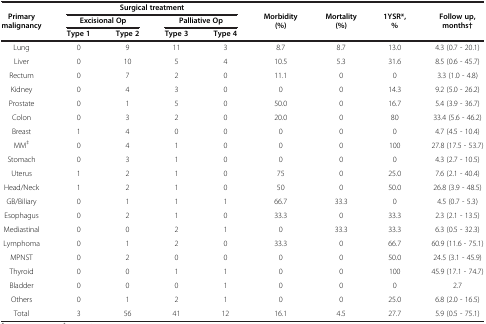
<table><thead><tr><td rowspan="2"><b>Primary malignancy</b></td><td colspan="4"><b>Surgical treatment</b></td><td rowspan="2"><b>Morbidity (%)</b></td><td rowspan="2"><b>Mortality (%)</b></td><td rowspan="2"><b>1YSR*,%</b></td><td rowspan="2"><b>Follow up, months†</b></td></tr><tr><td colspan="2"><b>Excisional Op</b></td><td colspan="2"><b>Palliative Op</b></td></tr><tr><td><b> </b></td><td><b>Type 1</b></td><td><b>Type 2</b></td><td><b>Type 3</b></td><td><b>Type 4</b></td><td><b> </b></td><td><b> </b></td><td><b> </b></td><td><b> </b></td></tr></thead><tbody><tr><td>Lung</td><td>0</td><td>9</td><td>11</td><td>3</td><td>8.7</td><td>8.7</td><td>13.0</td><td>4.3 (0.7 - 20.1)</td></tr><tr><td>Liver</td><td>0</td><td>10</td><td>5</td><td>4</td><td>10.5</td><td>5.3</td><td>31.6</td><td>8.5 (0.6 - 45.7)</td></tr><tr><td>Rectum</td><td>0</td><td>7</td><td>2</td><td>0</td><td>11.1</td><td>0</td><td>0</td><td>3.3 (1.0 - 4.8)</td></tr><tr><td>Kidney</td><td>0</td><td>4</td><td>3</td><td>0</td><td>0</td><td>0</td><td>14.3</td><td>9.2 (5.0 - 26.2)</td></tr><tr><td>Prostate</td><td>0</td><td>1</td><td>5</td><td>0</td><td>50.0</td><td>0</td><td>16.7</td><td>5.4 (3.9 - 36.7)</td></tr><tr><td>Colon</td><td>0</td><td>3</td><td>2</td><td>0</td><td>20.0</td><td>0</td><td>80</td><td>33.4 (5.6 - 46.2)</td></tr><tr><td>Breast</td><td>1</td><td>4</td><td>0</td><td>0</td><td>0</td><td>0</td><td>0</td><td>4.7 (4.5 - 10.4)</td></tr><tr><td>MM<sup>‡</sup></td><td>0</td><td>4</td><td>1</td><td>0</td><td>0</td><td>0</td><td>100</td><td>27.8 (17.5 - 53.7)</td></tr><tr><td>Stomach</td><td>0</td><td>3</td><td>1</td><td>0</td><td>0</td><td>0</td><td>0</td><td>4.3 (2.7 - 10.5)</td></tr><tr><td>Uterus</td><td>1</td><td>2</td><td>1</td><td>0</td><td>75</td><td>0</td><td>25.0</td><td>7.6 (2.1 - 40.4)</td></tr><tr><td>Head/Neck</td><td>1</td><td>2</td><td>1</td><td>0</td><td>50</td><td>0</td><td>50.0</td><td>26.8 (3.9 - 48.5)</td></tr><tr><td>GB/Biliary</td><td>0</td><td>1</td><td>1</td><td>1</td><td>66.7</td><td>33.3</td><td>0</td><td>4.5 (0.7 - 5.3)</td></tr><tr><td>Esophagus</td><td>0</td><td>2</td><td>1</td><td>0</td><td>33.3</td><td>0</td><td>33.3</td><td>2.3 (2.1 - 13.5)</td></tr><tr><td>Mediastinal</td><td>0</td><td>0</td><td>2</td><td>1</td><td>0</td><td>33.3</td><td>33.3</td><td>6.3 (0.5 - 32.3)</td></tr><tr><td>Lymphoma</td><td>0</td><td>1</td><td>2</td><td>0</td><td>33.3</td><td>0</td><td>66.7</td><td>60.9 (11.6 - 75.1)</td></tr><tr><td>MPNST</td><td>0</td><td>2</td><td>0</td><td>0</td><td>0</td><td>0</td><td>50.0</td><td>24.5 (3.1 - 45.9)</td></tr><tr><td>Thyroid</td><td>0</td><td>0</td><td>1</td><td>1</td><td>0</td><td>0</td><td>100</td><td>45.9 (17.1 - 74.7)</td></tr><tr><td>Bladder</td><td>0</td><td>0</td><td>0</td><td>1</td><td>0</td><td>0</td><td>0</td><td>2.7</td></tr><tr><td>Others</td><td>0</td><td>1</td><td>2</td><td>1</td><td>0</td><td>0</td><td>25.0</td><td>6.8 (2.0 - 16.5)</td></tr><tr><td>Total</td><td>3</td><td>56</td><td>41</td><td>12</td><td>16.1</td><td>4.5</td><td>27.7</td><td>5.9 (0.5 - 75.1)</td></tr></tbody></table>